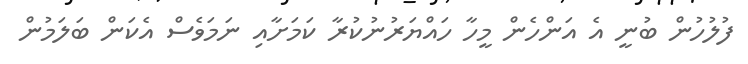
ފުލުހުން ބުނީ އެ އަންހެން މީހާ ހައްޔަރުނުކުރާ ކަމަށާއި ނަމަވެސް އެކަން ބަލަމުން